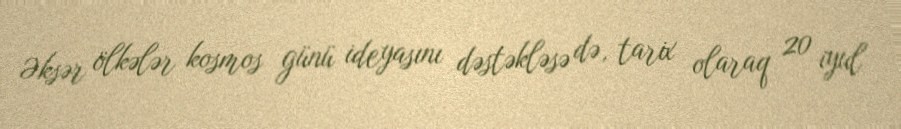
Əksər ölkələr kosmos günü ideyasını dəstəkləsə də, tarix olaraq 20 iyul